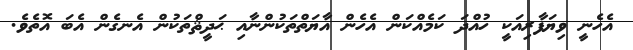
އެހެނީ ވިޔަފާރިއަކީ ހުއްދަ ކަމެއްކަން އެހެން އާޔަތްތަކުންނާއި ޙަދީޘްތަކުން އެނގެން އެބަ އޮތެވެ.